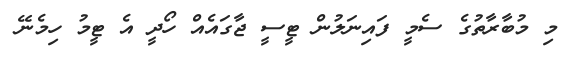
މި މުބާރާތުގެ ސެމީ ފައިނަލުން ޓީސީ ޖާގައެއް ހޯދީ އެ ޓީމު ހިމެނޭ